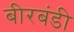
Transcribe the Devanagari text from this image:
बीरबंडी